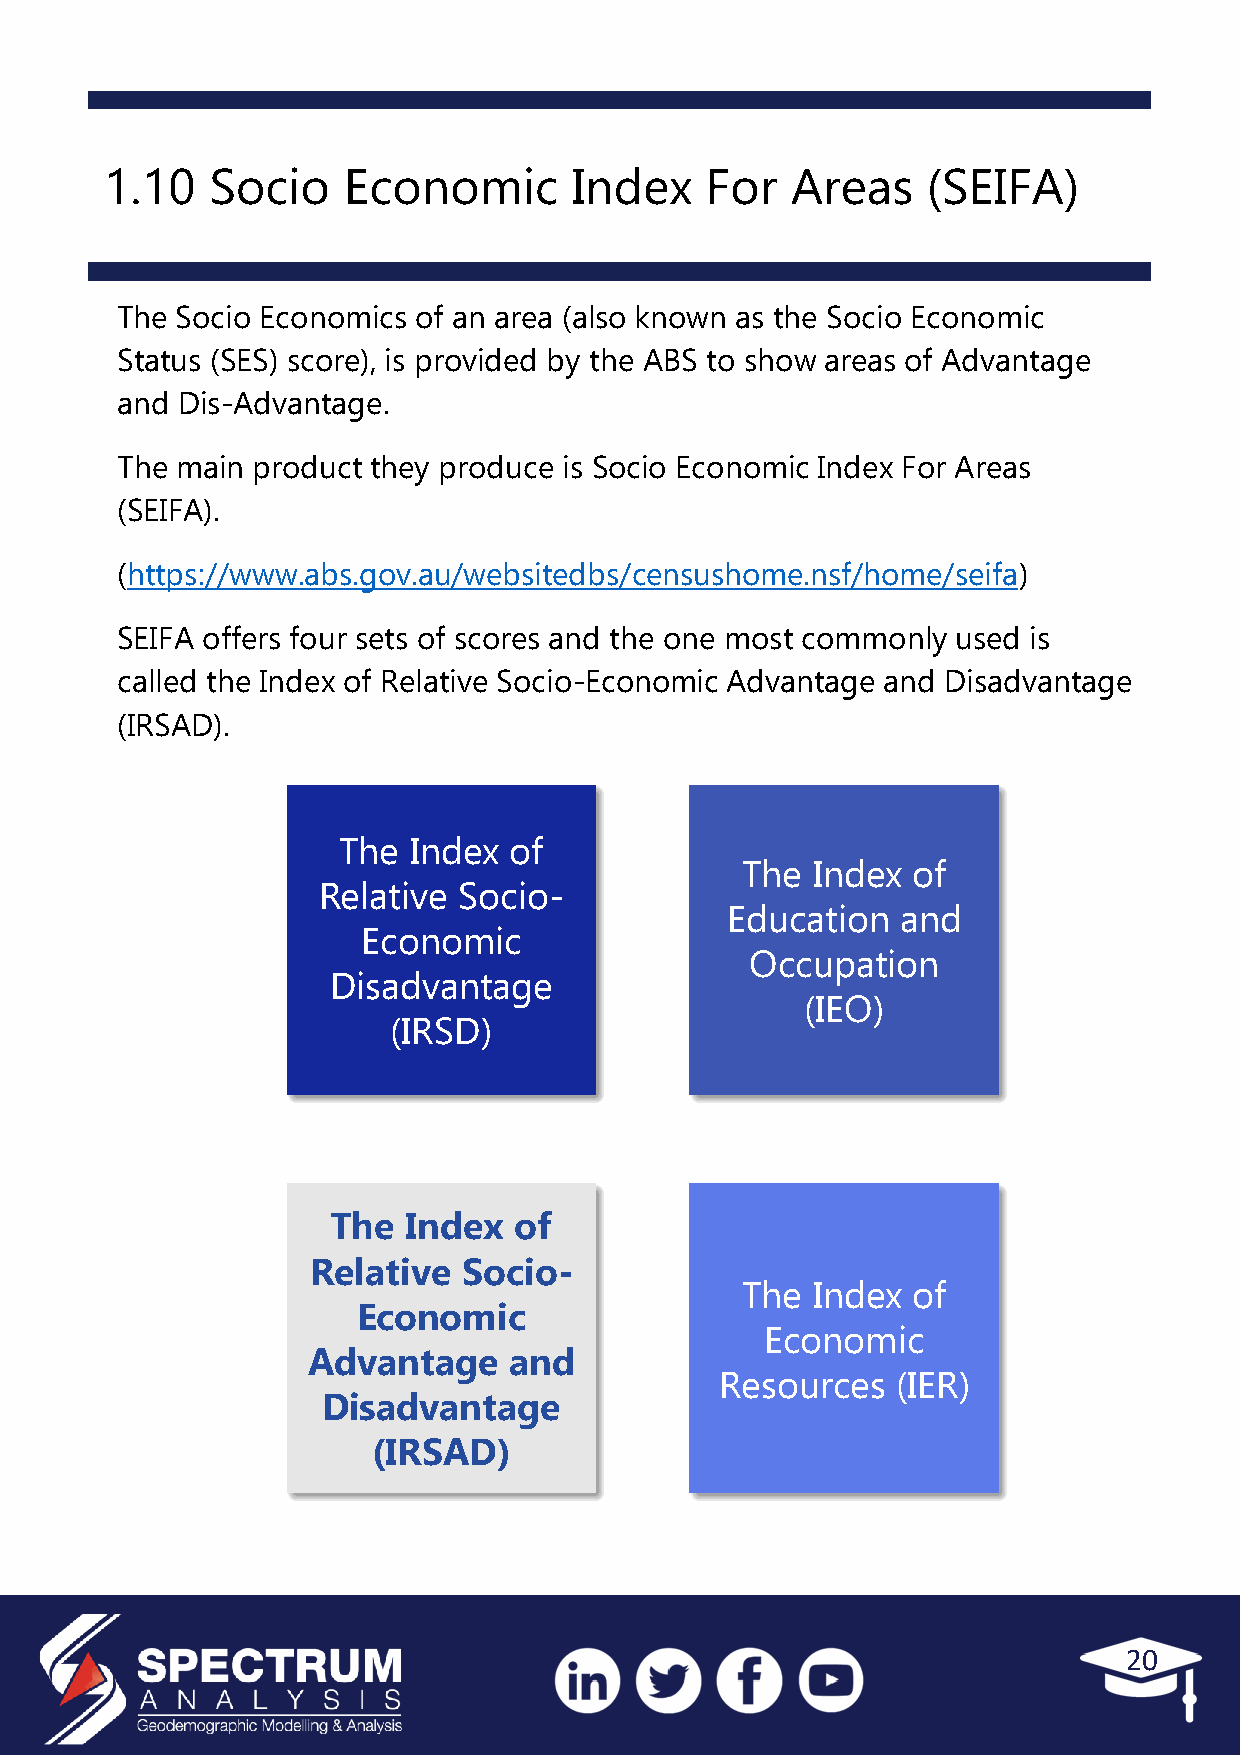
1.10   Socio    Economic       Index    For  Areas    (SEIFA)
 The Socio Economics of an area (also known as the Socio Economic
 Status (SES) score), is provided by the ABS to show areas of Advantage
 and Dis-Advantage.
 The main product they produce is Socio Economic Index For Areas
 (SEIFA).
 (https://www.abs.gov.au/websitedbs/censushome.nsf/home/seifa)
 SEIFA offers four sets of scores and the one most commonly used is
 called the Index of Relative Socio-Economic Advantage and Disadvantage
 (IRSAD).
 The  Index  of
 The  Index of
 Relative Socio-
 Education   and
 Economic
 Occupation
 Disadvantage
 (IEO)
 (IRSD)
 The  Index  of
 Relative  Socio-
 The  Index of
 Economic
 Economic
 Advantage     and
 Resources  (IER)
 Disadvantage
 (IRSAD)
 20